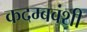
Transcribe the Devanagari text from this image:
कदम्बवंशी